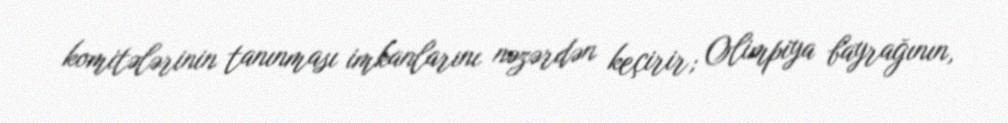
komitələrinin tanınması imkanlarını nəzərdən keçirir; Olimpiya bayrağının,